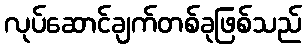
လုပ်ဆောင်ချက်တစ်ခုဖြစ်သည်